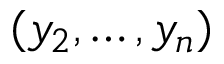
( y _ { 2 } , \dots , y _ { n } )